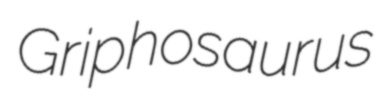
Griphosaurus